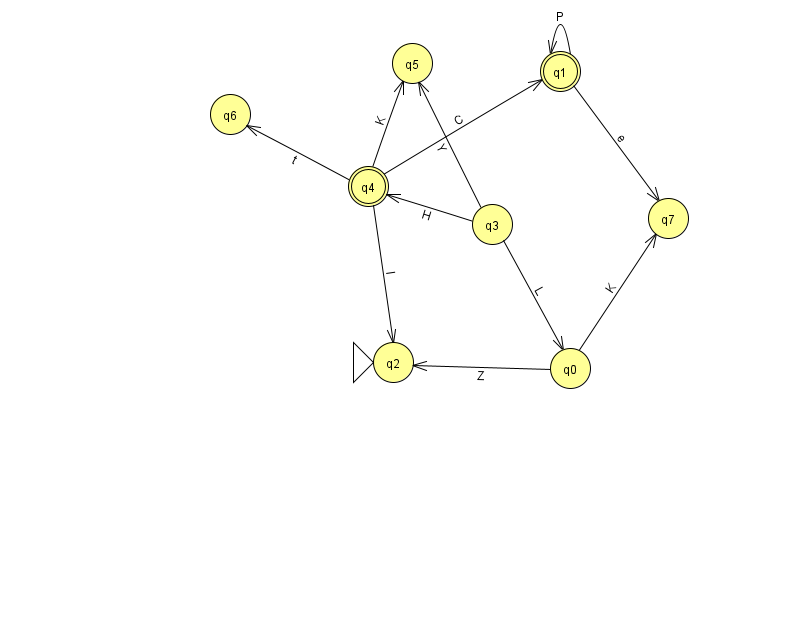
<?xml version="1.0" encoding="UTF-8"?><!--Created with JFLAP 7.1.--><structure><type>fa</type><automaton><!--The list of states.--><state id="0" name="q0"><x>570.0</x><y>355.0</y></state><state id="1" name="q1"><x>560.0</x><y>58.0</y><final/></state><state id="2" name="q2"><x>393.0</x><y>349.0</y><initial/></state><state id="3" name="q3"><x>492.0</x><y>211.0</y></state><state id="4" name="q4"><x>368.0</x><y>173.0</y><final/></state><state id="5" name="q5"><x>412.0</x><y>50.0</y></state><state id="6" name="q6"><x>230.0</x><y>101.0</y></state><state id="7" name="q7"><x>668.0</x><y>205.0</y></state><!--The list of transitions.--><transition><from>0</from><to>7</to><read>K</read></transition><transition><from>1</from><to>1</to><read>P</read></transition><transition><from>4</from><to>1</to><read>C</read></transition><transition><from>3</from><to>0</to><read>L</read></transition><transition><from>0</from><to>2</to><read>Z</read></transition><transition><from>1</from><to>7</to><read>e</read></transition><transition><from>3</from><to>5</to><read>Y</read></transition><transition><from>4</from><to>6</to><read>t</read></transition><transition><from>4</from><to>2</to><read>I</read></transition><transition><from>3</from><to>4</to><read>H</read></transition><transition><from>4</from><to>5</to><read>K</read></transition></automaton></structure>